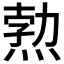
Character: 𭵉